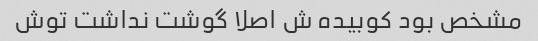
مشخص بود کوبیده ش اصلا گوشت نداشت توش